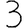
Digit: 3